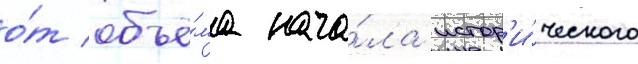
о́т объё́ма нача́ла истор'и́ческого